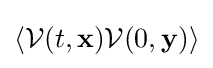
\langle {\mathcal {V}}(t,\mathbf {x} ){\mathcal {V}}(0,\mathbf {y} )\rangle